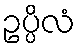
ဥပ္ပိလံ